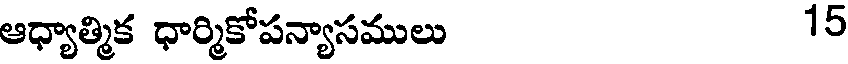
ఆధ్యాత్మిక ధార్మికోపన్యాసములు 15